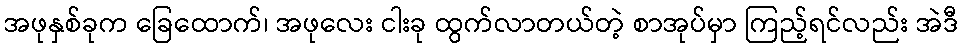
အဖုနှစ်ခုက ခြေထောက်၊ အဖုလေး ငါးခု ထွက်လာတယ်တဲ့ စာအုပ်မှာ ကြည့်ရင်လည်း အဲဒီ